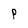
Character: P